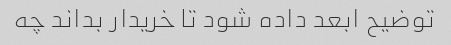
توضیح ابعد داده شود تا خریدار بداند چه